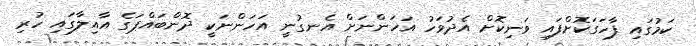
ކަމުގައި ފާހަގަކޮށްފައި ވަނިކޮށް އެދުވަހު އަހަންނަށް އެނގުނީ އަހަންނަކީ ދޮންބައްޕަގެ އާއިލާގައި ހުރި